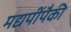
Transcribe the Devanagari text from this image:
मद्यपींपैकी